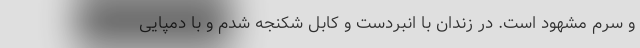
و سرم مشهود است. در زندان با انبردست و کابل شکنجه شدم و با دمپایی